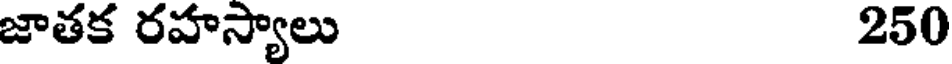
జాతక రహస్యాలు 250